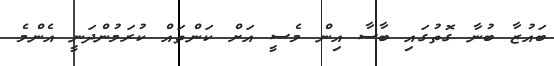
ބައުޒާ ބުނާ ގޮތުގައި ބާސާ އިން މެސީ އަށް ކަންތައް ކުރަމުންދަނީ އެންމެ